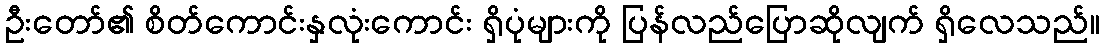
ဦးတော်၏ စိတ်ကောင်းနှလုံးကောင်း ရှိပုံများကို ပြန်လည်ပြောဆိုလျက် ရှိလေသည်။